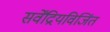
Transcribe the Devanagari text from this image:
सर्वेंद्रियविजिंत